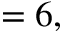
= 6 ,